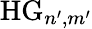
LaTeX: \mathrm{HG}_{n^{\prime},m^{\prime}}